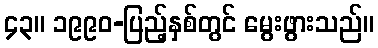
၄၃။ ၁၉၉၀-ပြည့်နှစ်တွင် မွေးဖွားသည်။